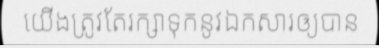
យើងត្រូវតែរក្សាទុកនូវឯកសារឲ្យបាន